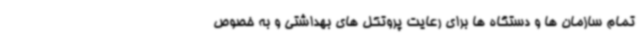
تمام سازمان ها و دستگاه ها برای رعایت پروتکل های بهداشتی و به خصوص